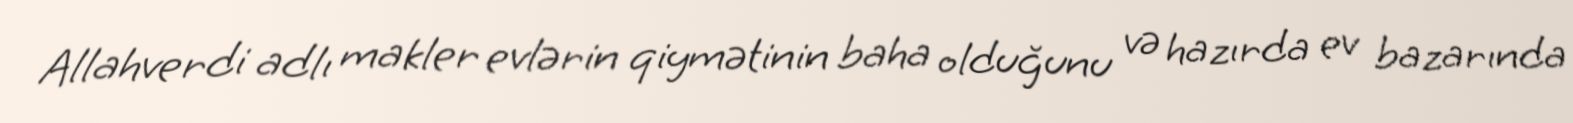
Allahverdi adlı makler evlərin qiymətinin baha olduğunu və hazırda ev bazarında